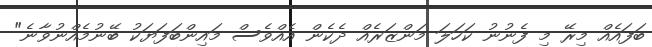
ބަފައެއް މިރޭ މި ފެނުނު ކަހަލަ މަންޒަރެއް ދެކެން އެއްވެސް މައިންބަފަޔަކު ބޭނުމެއްނުވާނެ"